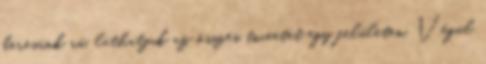
keresünk rá, láthatjuk az összes tweetet egy felületen. Végül